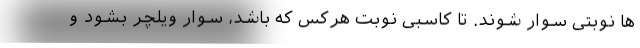
ها نوبتی سوار شوند. تا کاسبی نوبت هرکس که باشد، سوار ویلچر بشود و